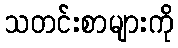
သတင်းစာများကို